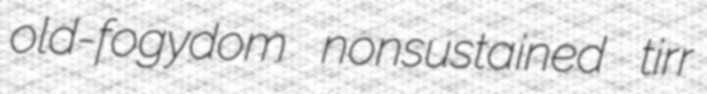
old-fogydom nonsustained tirr